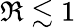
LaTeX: \Re\lesssim 1